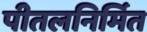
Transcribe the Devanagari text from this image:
पीतलनिर्मित